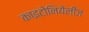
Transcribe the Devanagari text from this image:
काइटोनियेलीज